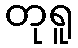
တုရူ